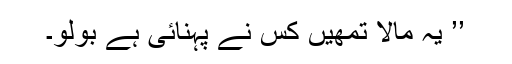
’’ یہ مالا تمھیں کس نے پہنائی ہے بولو۔